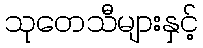
သုတေသီများနှင့်